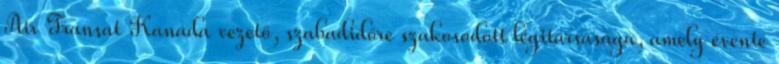
Air Transat Kanada vezető, szabadidőre szakosodott légitársasága, amely évente